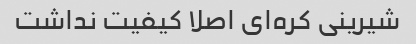
شیرینی کره‌ای اصلا کیفیت نداشت